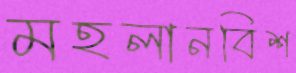
মহলানবিশ